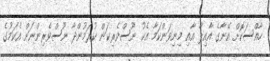
ހާއްސަކޮށް އޭނާގެ އާއިލާ އާއި މިނިވަންކަމާ އެކު ނޫސްވެރިކަން ކުރަމުންދާ ނޫސްވެރިންނަށް އެކަމުގެ